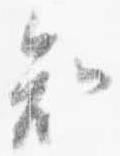
知